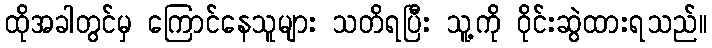
ထိုအခါတွင်မှ ကြောင်နေသူများ သတိရပြီး သူ့ကို ဝိုင်းဆွဲထားရသည်။